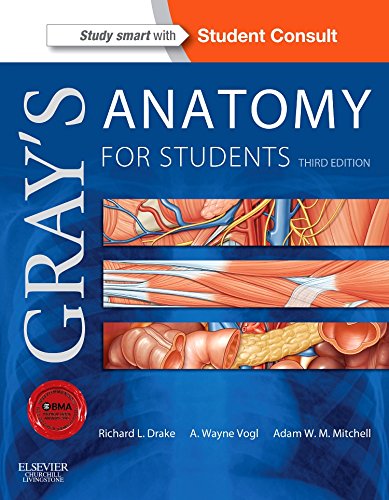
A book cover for Gray's Anatomy for Students: With STUDENT CONSULT Online Access, 3e; Richard Drake PhD  FAAA; Test Preparation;